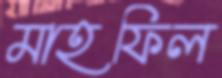
মাহফিল